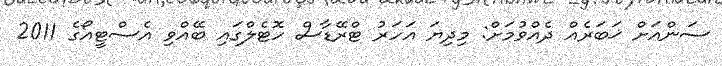
ސަންއަށް ޚަބަރެއް ދެއްވުމަށް: މިދިޔަ އަހަރު ޓްރޭޑާސް ހޮޓެލްގައި ބޭއްވި އެސްޓީއޯގެ 2011